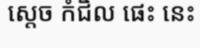
ស្តេច កំជិល ផេះ នេះ